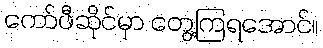
ကော်ဖီဆိုင်မှာ တွေ့ကြရအောင်။